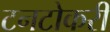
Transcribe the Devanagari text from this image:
टनटोकरी